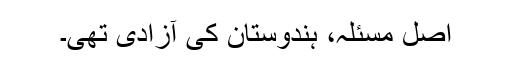
اصل مسئلہ، ہندوستان کی آزادی تھی۔